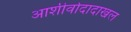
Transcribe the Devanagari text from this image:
आशीर्वादादाखल